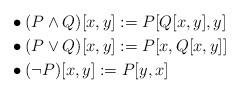
LaTeX: \begin{align*}&\bullet(P\wedge Q)[x,y]:=P[Q[x,y],y]&\\*&\bullet (P\vee Q)[x,y]:=P[x,Q[x,y]] &\\&\bullet(\lnot P)[x,y]:=P[y,x]&\end{align*}